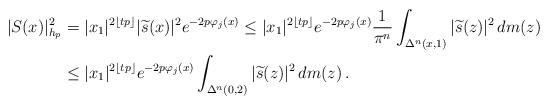
LaTeX: \begin{align*}|S(x)|_{h_p}^2&=|x_1|^{2\lfloor tp\rfloor}|\widetilde{s}(x)|^2 e^{-2p\varphi_j(x)}\leq |x_1|^{2\lfloor tp\rfloor}e^{-2p\varphi_j(x)} \frac{1}{\pi^n}\int_{\Delta^n(x,1)}|\widetilde{s}(z)|^2\,dm(z)\\&\leq |x_1|^{2\lfloor tp\rfloor}e^{-2p\varphi_j(x)} \int_{\Delta^n(0,2)}|\widetilde{s}(z)|^2\,dm(z)\,.\end{align*}